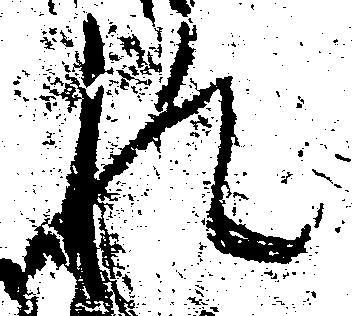
れ